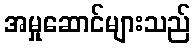
အမှုဆောင်များသည်